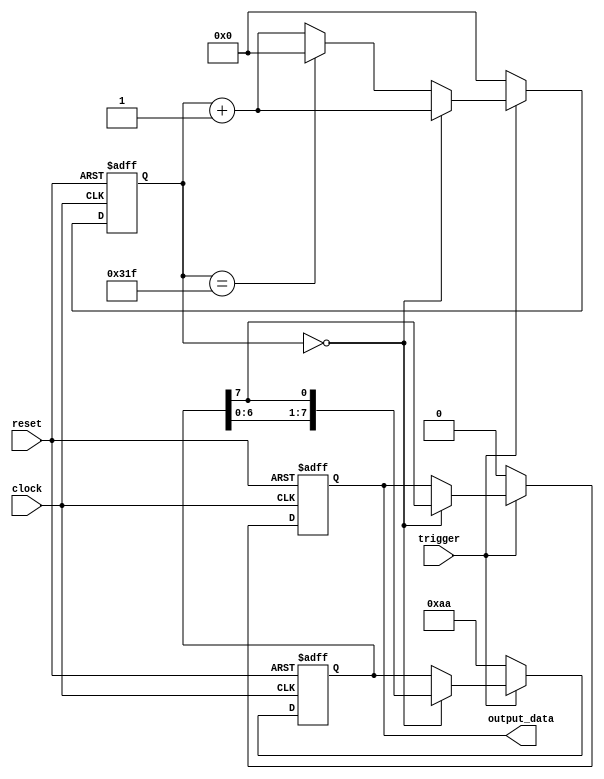
///////////////////////////////////////////////////////////////////////////////////////////////////
// Company: <Name>
//
// File history:
//      <Revision number>: <Date>: <Comments>
//      <Revision number>: <Date>: <Comments>
//      <Revision number>: <Date>: <Comments>
//
// Description: 
//
// <Description here>
//
// Targeted device: <Family::IGLOO> <Die::AGLN250V2> <Package::100 VQFP>
//
/////////////////////////////////////////////////////////////////////////////////////////////////// 

module data_source( clock, reset, trigger, output_data );
input clock, reset;
input trigger;
output reg output_data;

reg[7:0] state;
reg[15:0] counter;

always @(posedge clock or negedge reset)
begin
    if (!reset)
    begin
        output_data <= 0;

        state[7:0] <= 8'b10101010;

        counter <= 0;
    end
    else if (trigger)
    begin
        if (counter==16'd0)
        begin
            counter <= counter+1;
            state <= {state[6:0],state[7]};
            output_data <= state[7];
        end
        else
        begin
            counter <= counter + 1;
            if (counter==16'd799)
                counter <= 0;
        end
    end
    else
    begin
        output_data <= 0;

        state[7:0] <= 8'b10101010;

        counter <= 0;
    end
end

endmodule